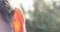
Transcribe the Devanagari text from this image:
शुभुं